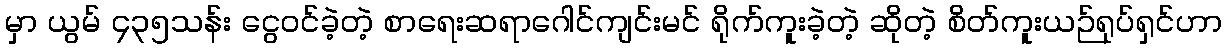
မှာ ယွမ် ၄၃၅သန်း ငွေဝင်ခဲ့တဲ့ စာရေးဆရာဂေါင်ကျင်းမင် ရိုက်ကူးခဲ့တဲ့ ဆိုတဲ့ စိတ်ကူးယဉ်ရုပ်ရှင်ဟာ